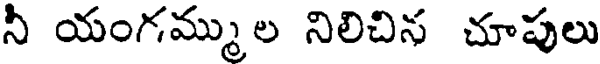
నీ యంగమ్ముల నిలిచిన చూపులు